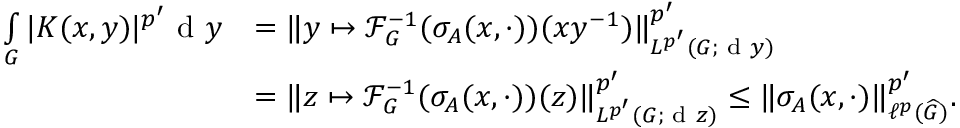
\begin{array} { r l } { \smallint _ { G } | K ( x , y ) | ^ { p ^ { \prime } } \textnormal { d } y } & { = \Vert y \mapsto \mathscr { F } _ { G } ^ { - 1 } ( \sigma _ { A } ( x , \cdot ) ) ( x y ^ { - 1 } ) \Vert _ { L ^ { p ^ { \prime } } ( G ; \textnormal { d } y ) } ^ { p ^ { \prime } } } \\ & { = \Vert z \mapsto \mathscr { F } _ { G } ^ { - 1 } ( \sigma _ { A } ( x , \cdot ) ) ( z ) \Vert _ { L ^ { p ^ { \prime } } ( G ; \textnormal { d } z ) } ^ { p ^ { \prime } } \leq \Vert \sigma _ { A } ( x , \cdot ) \Vert _ { \ell ^ { p } ( \widehat { G } ) } ^ { p ^ { \prime } } . } \end{array}